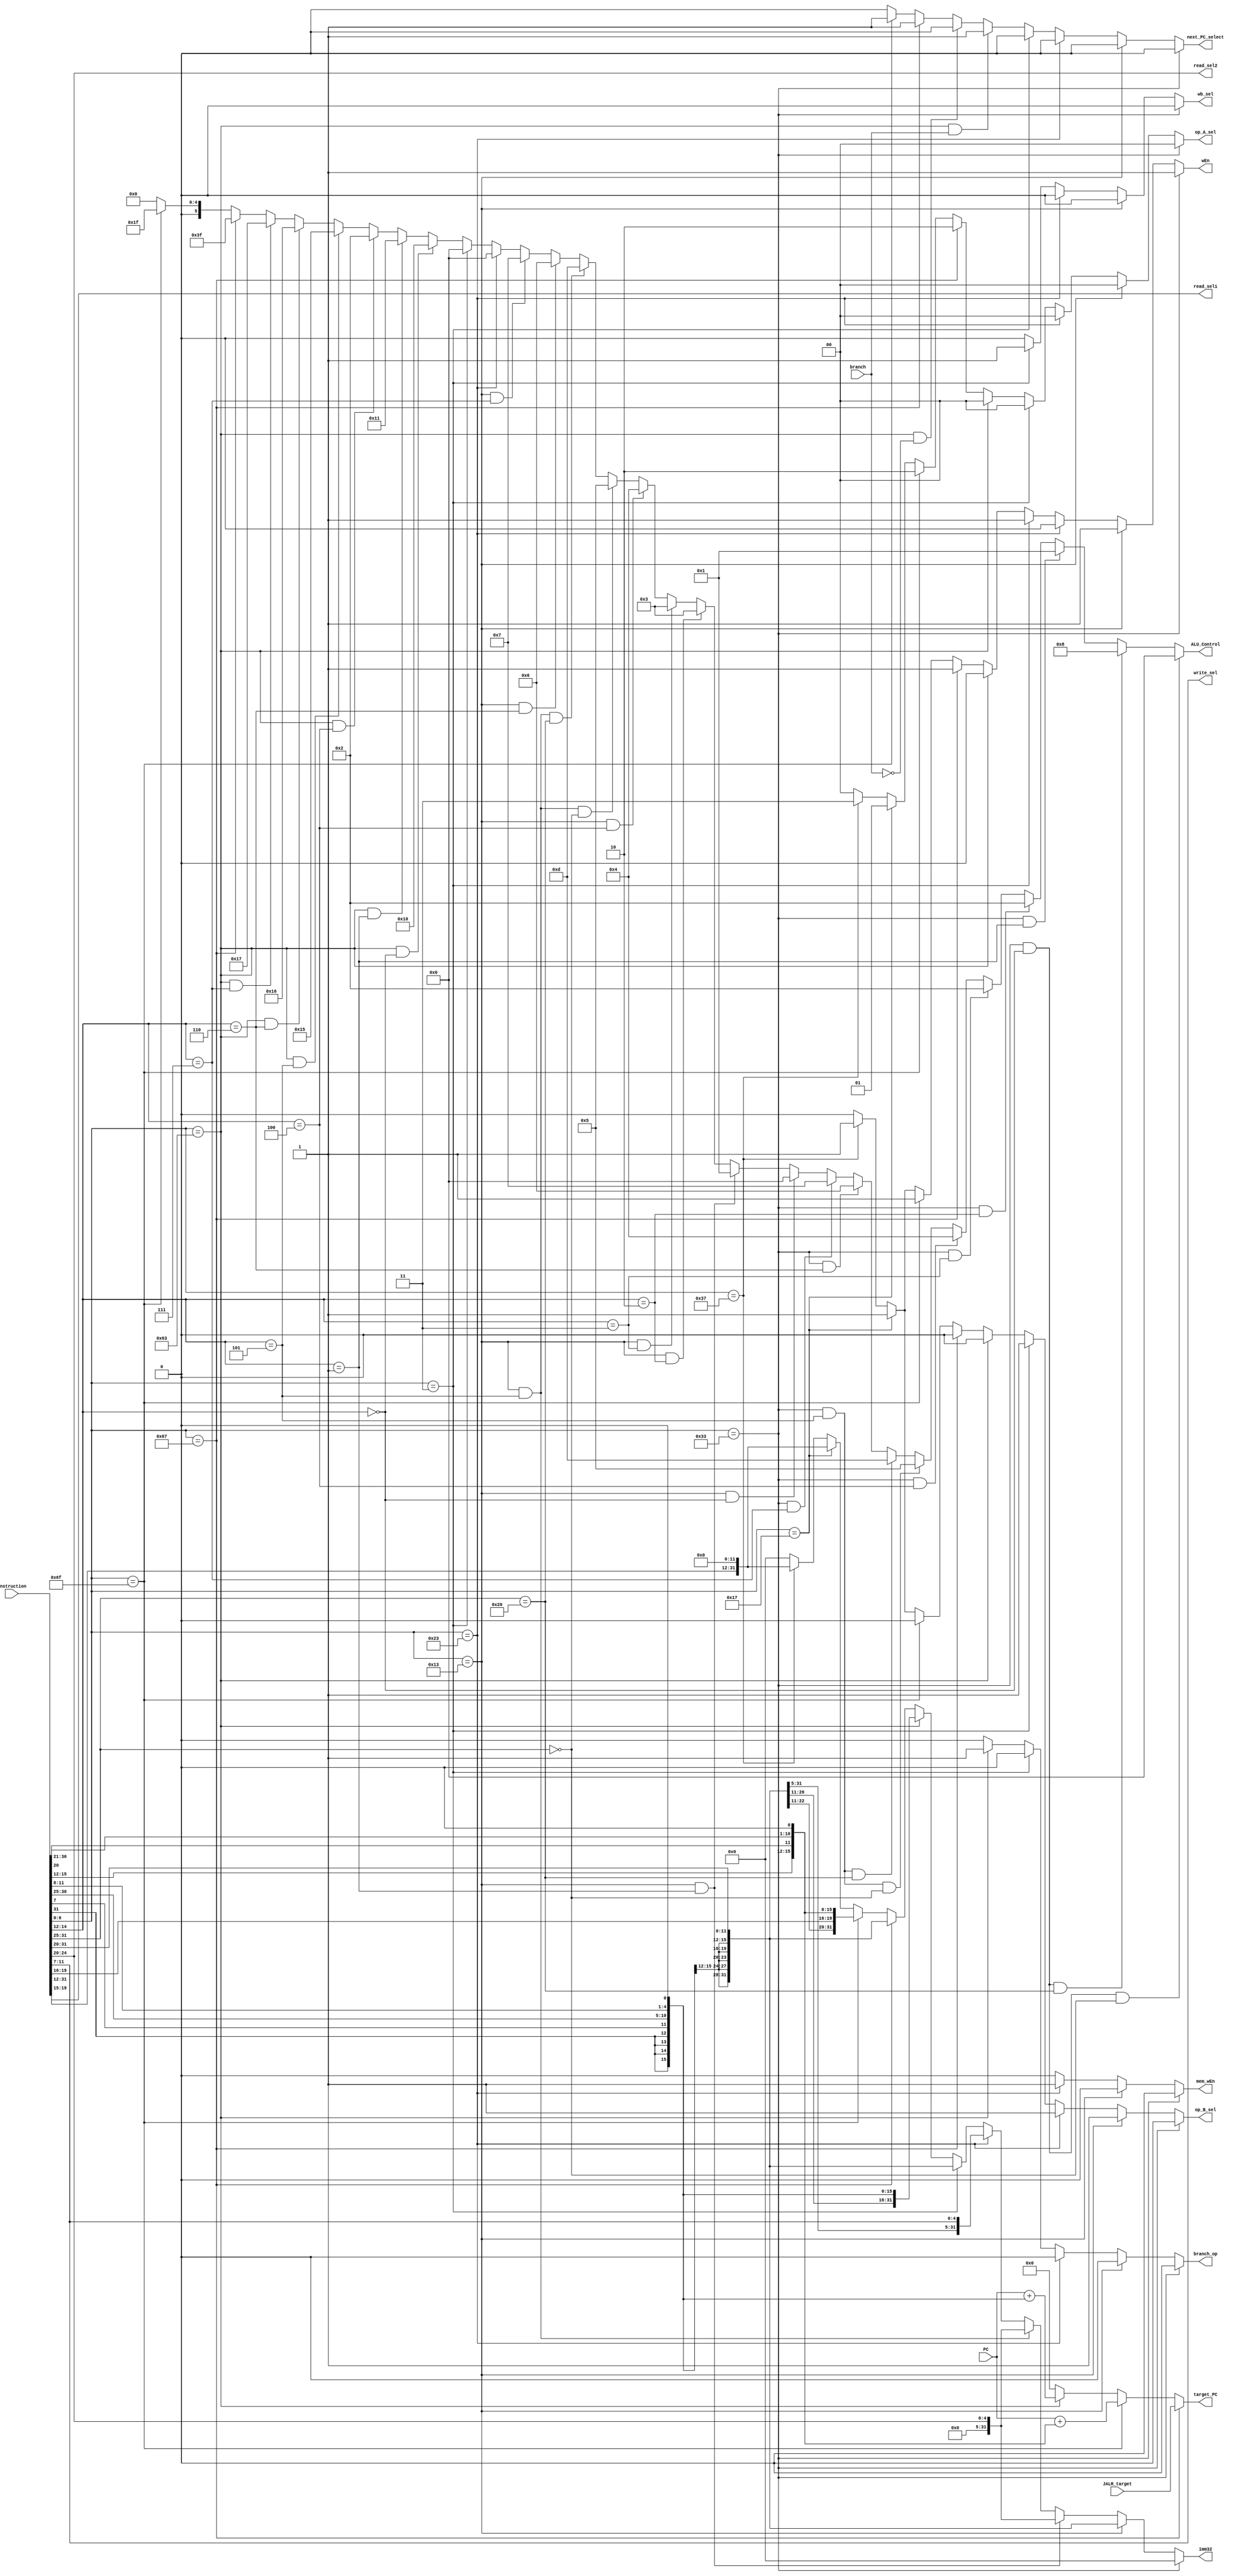
// Name: Nadim El Helou, Karim Khalil
// BU ID: U36258772, U35935771
// EC413 Project: Decode Module

`timescale 1ns / 1ps

module decode #(
  parameter ADDRESS_BITS = 16
) (
  // Inputs from Fetch
  input [ADDRESS_BITS-1:0] PC,
  input [31:0] instruction,

  // Inputs from Execute/ALU
  input [ADDRESS_BITS-1:0] JALR_target,
  input branch,

  // Outputs to Fetch
  output next_PC_select,
  output [ADDRESS_BITS-1:0] target_PC,

  // Outputs to Reg File
  output [4:0] read_sel1,
  output [4:0] read_sel2,
  output [4:0] write_sel,
  output wEn,

  // Outputs to Execute/ALU
  output branch_op, // Tells ALU if this is a branch instruction
  output [31:0] imm32,
  output [1:0] op_A_sel,
  output op_B_sel,
  output [5:0] ALU_Control,

  // Outputs to Memory
  output mem_wEn,

  // Outputs to Writeback
  output wb_sel

);

localparam [6:0]R_TYPE  = 7'b0110011,
                I_TYPE  = 7'b0010011,
                STORE   = 7'b0100011,
                LOAD    = 7'b0000011,
                BRANCH  = 7'b1100011,
                JALR    = 7'b1100111,
                JAL     = 7'b1101111,
                AUIPC   = 7'b0010111,
                LUI     = 7'b0110111;


// These are internal wires that I used. You can use them but you do not have to.
// Wires you do not use can be deleted.
wire[6:0]  s_imm_msb;
wire[4:0]  s_imm_lsb;
wire[19:0] u_imm;
wire[11:0] i_imm_orig;
wire[20:0] uj_imm;
wire [11:0] s_imm_orig;
wire[12:0] sb_imm_orig;

wire[31:0] sb_imm_32;
wire[31:0] u_imm_32;
wire[31:0] i_imm_32;
wire[31:0] s_imm_32;
wire[31:0] uj_imm_32;

wire [6:0] opcode;
wire [6:0] funct7;
wire [2:0] funct3;
wire [1:0] extend_sel;
wire [ADDRESS_BITS-1:0] branch_target;
wire [ADDRESS_BITS-1:0] JAL_target;
wire[4:0] shamt;
wire[31:0] shamt_32;


// Read registers
assign read_sel2  = instruction[24:20];
assign read_sel1  = instruction[19:15];

/* Instruction decoding */
assign opcode = instruction[6:0];
assign funct7 = instruction[31:25];
assign funct3 = instruction[14:12];

/* Write register */
assign write_sel = instruction[11:7];


/******************************************************************************
*                      Start Your Code Here
******************************************************************************/
assign s_imm_msb = instruction[31:25];
assign s_imm_lsb = instruction [11:7];
assign u_imm = instruction[31:12];
assign i_imm_orig = instruction[31:20];
assign shamt = instruction[24:20];

assign  uj_imm = { instruction[31], instruction[19:12], instruction[20], instruction[30:21], 1'b0};
assign s_imm_orig = {s_imm_msb, s_imm_lsb};
assign sb_imm_orig = {instruction[31], instruction[7], instruction[30:25], instruction[11:8],1'b0};

assign sb_imm_32 = { {19{sb_imm_orig[12]}}, sb_imm_orig };
assign u_imm_32 = { u_imm, 12'b000000000000 };
assign i_imm_32 = { {20{i_imm_orig[11]}}, i_imm_orig };
assign s_imm_32 = { {20{s_imm_orig[11]}}, s_imm_orig };
assign uj_imm_32 = { {11{uj_imm[20]}}, uj_imm};
assign shamt_32 = {27'b0, shamt};

assign imm32 = (opcode == R_TYPE)? 7'b0 :
               (opcode == I_TYPE)? i_imm_32 :
               (opcode == I_TYPE && funct3 == 3'b001)? shamt_32:
               (opcode == I_TYPE && funct3 == 3'b101)? shamt_32:
               (opcode == STORE)? s_imm_32 :
               (opcode == LOAD)? i_imm_32 :
               (opcode == BRANCH)? sb_imm_32 :
               (opcode == JALR)? i_imm_32 :
               (opcode == JAL)? uj_imm_32 :
               (opcode == AUIPC)? u_imm_32 :
               (opcode == LUI)? u_imm_32 : 7'b0;

assign target_PC = (opcode == JALR)? JALR_target :
                   (opcode == JAL)? (PC + uj_imm_32[ADDRESS_BITS-1:0]) :
                   (opcode == BRANCH)? (PC + sb_imm_32[ADDRESS_BITS-1:0]) : 0;
                   
                   
assign next_PC_select = (opcode == R_TYPE)? 1'b0 :
                        (opcode == I_TYPE)? 1'b0 :
                        (opcode == STORE)? 1'b0 :
                        (opcode == LOAD)? 1'b0 :
                        (opcode == BRANCH && branch == 1'b1)? 1'b1 :
                        (opcode == BRANCH && branch == 1'b0)? 1'b0 :
                        (opcode == JALR)? 1'b1 :
                        (opcode == JAL)? 1'b1 :
                        (opcode == AUIPC)? 1'b0 :
                        (opcode == LUI)? 1'b0 : 0;
                        
assign wEn = (opcode == R_TYPE)? 1'b1 :
             (opcode == I_TYPE)? 1'b1 :
             (opcode == STORE)? 1'b0 :
             (opcode == LOAD)? 1'b1 :
             (opcode == BRANCH)? 1'b0 :
             (opcode == JALR)? 1'b1 :
             (opcode == JAL)? 1'b1 :
             (opcode == AUIPC)? 1'b1 :
             (opcode == LUI)? 1'b1 : 0;

assign branch_op = (opcode == R_TYPE)? 1'b0 :
                   (opcode == I_TYPE)? 1'b0 :
                   (opcode == STORE)? 1'b0 :
                   (opcode == LOAD)? 1'b0 :
                   (opcode == BRANCH)? 1'b1 :
                   (opcode == JALR)? 1'b0 :
                   (opcode == JAL)? 1'b0 :
                   (opcode == AUIPC)? 1'b0 :
                   (opcode == LUI)? 1'b0 : 0;

assign op_A_sel = (opcode == R_TYPE)? 2'b00 :
                  (opcode == I_TYPE)? 2'b00 :
                  (opcode == STORE)? 2'b00 :
                  (opcode == LOAD)? 2'b00 :
                  (opcode == BRANCH)? 2'b00 :
                  (opcode == JALR)? 2'b10 :
                  (opcode == JAL)? 2'b10 :
                  (opcode == AUIPC)? 2'b01 :
                  (opcode == LUI)? 2'b11 :0 ;       //Is it 11 for LUI??   
                  
assign op_B_sel = (opcode == R_TYPE)? 1'b0 :
                  (opcode == I_TYPE)? 1'b1 :
                  (opcode == STORE)? 1'b1 :
                  (opcode == LOAD)? 1'b1 :
                  (opcode == BRANCH)? 1'b0 :
                  (opcode == JALR)? 1'b0 :
                  (opcode == JAL)? 1'b0 :
                  (opcode == AUIPC)? 1'b1 :
                  (opcode == LUI)? 1'b1 : 0;                                    
                      
assign mem_wEn = (opcode == R_TYPE)? 1'b0 :
                 (opcode == I_TYPE)? 1'b0 :
                 (opcode == STORE)? 1'b1 :
                 (opcode == LOAD)? 1'b0 :
                 (opcode == BRANCH)? 1'b0 :
                 (opcode == JALR)? 1'b0 :
                 (opcode == JAL)? 1'b0 :
                 (opcode == AUIPC)? 1'b0 :
                 (opcode == LUI)? 1'b0 : 0;              
                      
assign wb_sel = (opcode == R_TYPE)? 1'b0 :
                (opcode == I_TYPE)? 1'b0 :
                (opcode == STORE)? 1'b0 :
                (opcode == LOAD)? 1'b1 :
                (opcode == BRANCH)? 1'b0 :
                (opcode == JALR)? 1'b0 :
                (opcode == JAL)? 1'b0 :
                (opcode == AUIPC)? 1'b0 :
                (opcode == LUI)? 1'b0 : 0;
                    
assign ALU_Control = (opcode == R_TYPE && funct3 == 3'b000 && funct7 == 7'b0000000)? 6'b000000 :        // add
                     (opcode == R_TYPE && funct3 == 3'b000 && funct7 == 7'b0100000)? 6'b001000 :        // sub
                     (opcode == R_TYPE && funct3 == 3'b001)? 6'b000001 :                                // sll
                     (opcode == R_TYPE && funct3 == 3'b010)? 6'b000010 :                                // slt
                     (opcode == R_TYPE && funct3 == 3'b011)? 6'b000010 :                                // sltu
                     (opcode == R_TYPE && funct3 == 3'b100)? 6'b000100 :                                // xor
                     (opcode == R_TYPE && funct3 == 3'b101 && funct7 == 7'b0000000)? 6'b000101 :        // srl
                     (opcode == R_TYPE && funct3 == 3'b101 && funct7 == 7'b0100000)? 6'b001101 :        // sra
                     (opcode == R_TYPE && funct3 == 3'b110)? 6'b000110 :                                // or
                     (opcode == R_TYPE && funct3 == 3'b111)? 6'b000111 :                                // and
                    
                     (opcode == I_TYPE && funct3 == 3'b000) ? 6'b000000 :                               // addi
                     (opcode == I_TYPE && funct3 == 3'b001) ? 6'b000001 :                               // slli
                     (opcode == I_TYPE && funct3 == 3'b010) ? 6'b000011 :                               // slti
                     (opcode == I_TYPE && funct3 == 3'b011) ? 6'b000011 :                               // sltiu
                     (opcode == I_TYPE && funct3 == 3'b100) ? 6'b000100 :                               // xori
                     (opcode == I_TYPE && funct3 == 3'b101 && funct7 == 7'b0000000) ? 6'b000101 :       // srli
                     (opcode == I_TYPE && funct3 == 3'b101 && funct7 == 7'b0100000) ? 6'b001101 :       // srai
                     (opcode == I_TYPE && funct3 == 3'b110) ? 6'b000110 :                               // ori
                     (opcode == I_TYPE && funct3 == 3'b111) ? 6'b000111 :                               // andi
                     
                     (opcode == STORE)? 6'b000000 :
                     (opcode == LOAD)? 6'b000000 :
                     
                     (opcode == BRANCH && funct3 == 3'b000)? 6'b010000 :                                // beq
                     (opcode == BRANCH && funct3 == 3'b001)? 6'b010001 :                                // bne
                     (opcode == BRANCH && funct3 == 3'b100)? 6'b000010 :                                // blt
                     (opcode == BRANCH && funct3 == 3'b101)? 6'b010101 :                                // bge
                     (opcode == BRANCH && funct3 == 3'b110)? 6'b010110 :                                // bltu
                     (opcode == BRANCH && funct3 == 3'b111)? 6'b010111 :                                // bgeu
                     
                     (opcode == JALR)? 6'b111111 :
                     (opcode == JAL)? 6'b011111 :
                     (opcode == AUIPC)? 6'b000000 :
                     (opcode == LUI)? 6'b000000 : 6'b000000;
                                                                            
                                                                       

endmodule